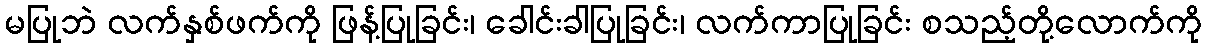
မပြုဘဲ လက်နှစ်ဖက်ကို ဖြန့်ပြုခြင်း၊ ခေါင်းခါပြုခြင်း၊ လက်ကာပြုခြင်း စသည့်တို့လောက်ကို